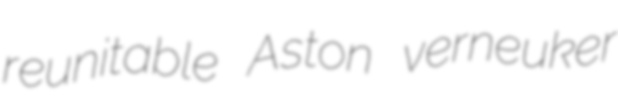
reunitable Aston verneuker